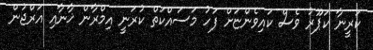
ކަރީނާ ކަޕޫރު ވެސް ކައިވެންޏަށް ފަހު މަސައްކަތް ކުރަނީ އިމްރާން ޚާނާއި އަރްޖުން